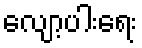
လျော့ပါးရေး